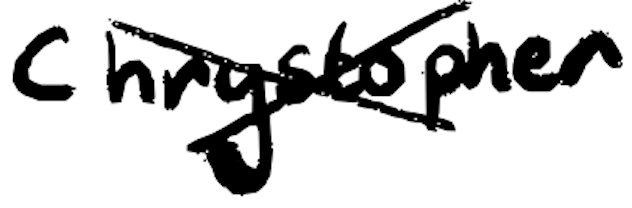
Text: Chrystopher
Cross-out: cross
Writing tool: digital_black